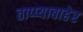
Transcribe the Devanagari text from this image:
ताप्प्याबाहेर